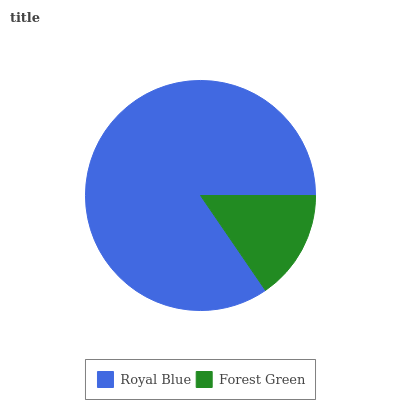
| Royal Blue | Forest Green |
 | --- | --- |
 | 84.5% | 15.5% |